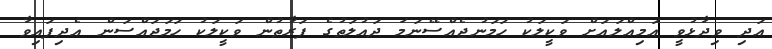
އަދި ވިދާޅުވީ އަމިއްލައަށް ވަކީލަކު ހަމަނުޖެއްސޭނަމަ ދައުލަތުގެ ފަރާތުން ވަކީލަކު ހަމަޖައްސަން އެދިފައިވާ